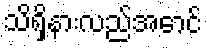
သိရှိနားလည်အောင်